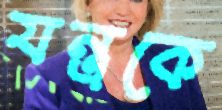
যন্ত্রকে